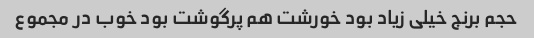
حجم برنج خیلی زیاد بود خورشت هم پرگوشت بود خوب در مجموع